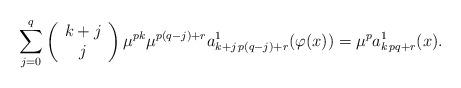
LaTeX: \begin{align*}\sum_{j=0}^{q}\left(\begin{array}{c}k+j\\j\end{array}\right)\mu^{pk} \mu^{p(q-j)+r} a_{k+j\,p(q-j) + r}^{1}(\varphi(x)) = \mu^{p} a_{k\,pq+r}^{1}(x).\end{align*}